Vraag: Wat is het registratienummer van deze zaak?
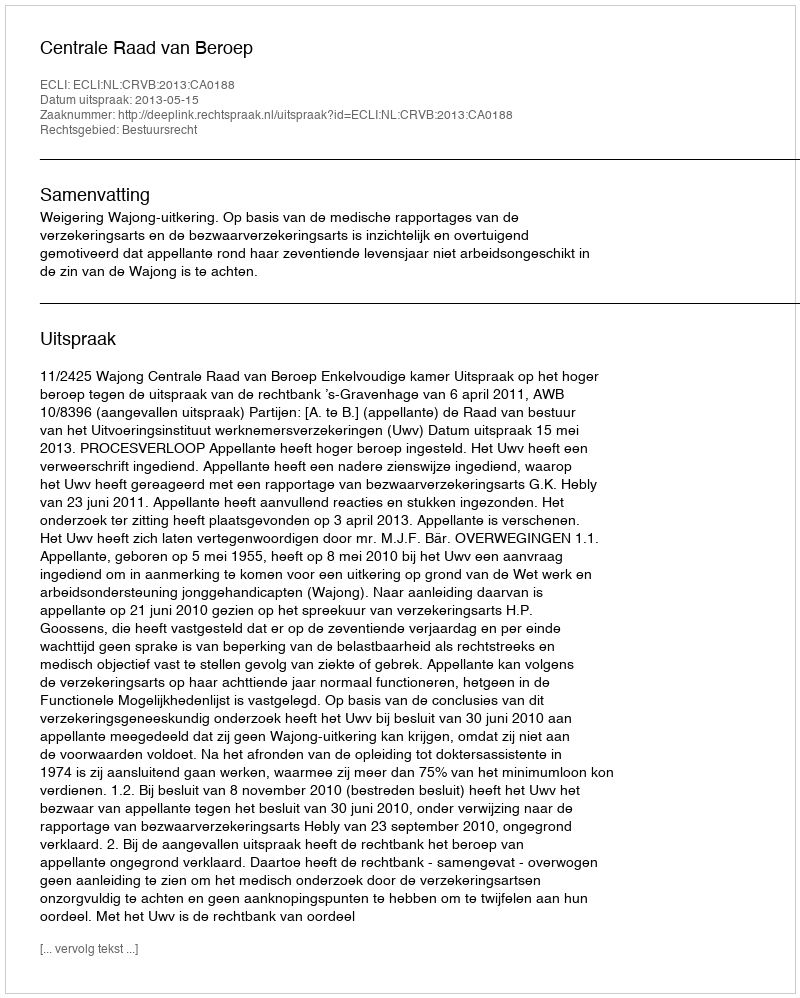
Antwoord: http://deeplink.rechtspraak.nl/uitspraak?id=ECLI:NL:CRVB:2013:CA0188